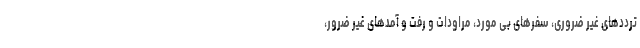
تردد‌های غیر ضروری، سفر‌های بی مورد، مراودات و رفت و آمد‌های غیر ضرور،